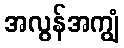
အလွန်အကျွံ